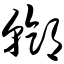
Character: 邗